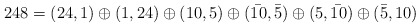
\begin{align*}248=(24,1)\oplus (1,24)\oplus (10,5)\oplus (\bar{10},\bar{5})\oplus (5,\bar{10})\oplus (\bar{5},10)\end{align*}